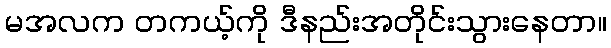
မအလက တကယ့်ကို ဒီနည်းအတိုင်းသွားနေတာ။